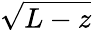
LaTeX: \sqrt{L-z}